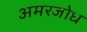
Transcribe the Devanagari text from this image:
अमरजोध